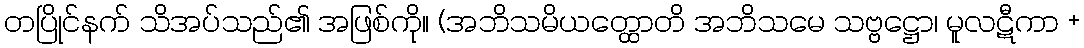
တပြိုင်နက် သိအပ်သည်၏ အဖြစ်ကို။ (အဘိသမိယတ္ထောတိ အဘိသမေ သဗ္ဗဋ္ဌော၊ မူလဋီကာ +